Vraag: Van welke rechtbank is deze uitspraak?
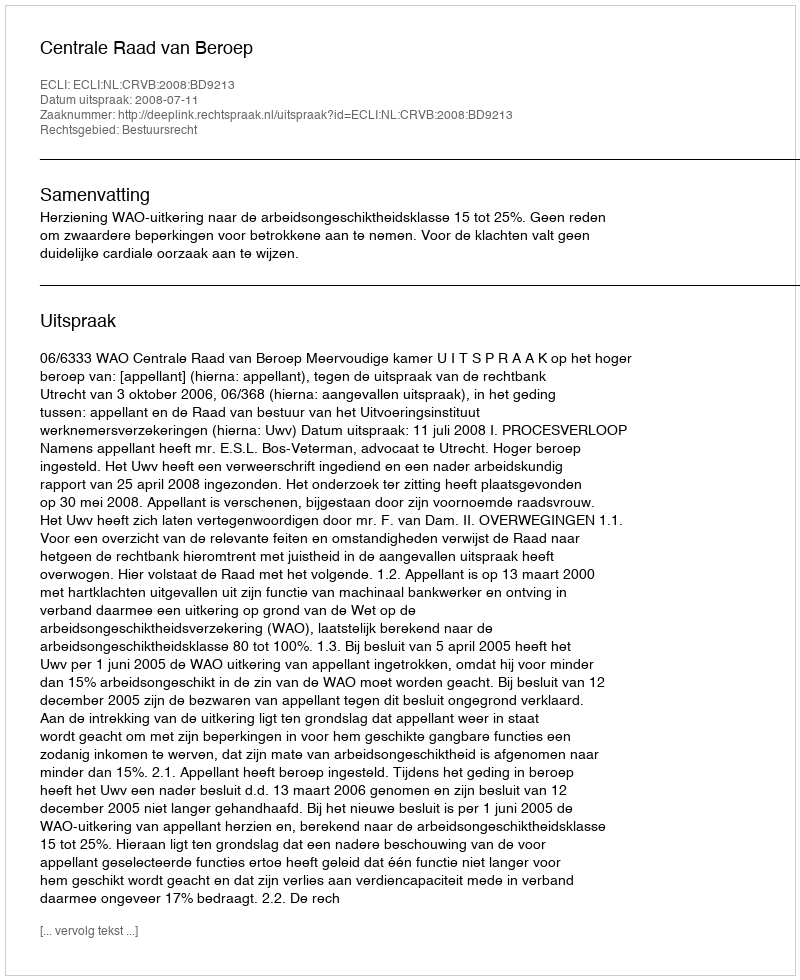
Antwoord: Centrale Raad van Beroep